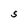
Character: S